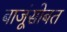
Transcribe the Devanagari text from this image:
बाजूंसोबत